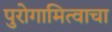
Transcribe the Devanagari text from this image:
पुरोगामित्वाचा